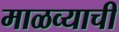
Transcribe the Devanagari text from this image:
माळव्याची